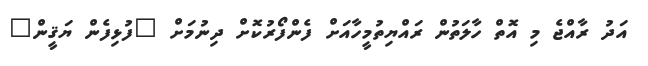
އަދު ރާއްޖެ މި އޮތް ހާލަތުން ރައްޔިތުމީހާއަށް ފެންފޯރުކޮށް ދިނުމަށް "ފުޅިފެން ޔަޤީން"